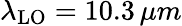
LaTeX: \lambda_{\mathrm{LO}}=10.3\, \mu m